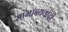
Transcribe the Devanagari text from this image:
सामान्यवादी